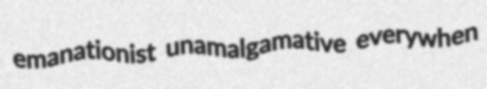
emanationist unamalgamative everywhen